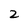
Character: 2